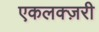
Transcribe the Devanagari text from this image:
एकलक्ज़री